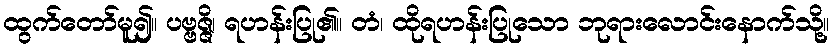
ထွက်တော်မူ၍။ ပဗ္ဗဇ္ဇိ၊ ရဟန်းပြု၏။ တံ၊ ထိုရဟန်းပြုသော ဘုရားလောင်းနောက်သို့။